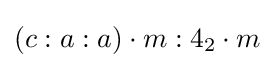
(c:a:a)\cdot m:4_{2}\cdot m